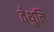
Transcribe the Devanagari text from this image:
तेथुनि